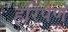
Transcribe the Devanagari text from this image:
हरिपेण